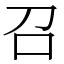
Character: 召